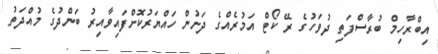
އިބްރާހިމް ބުރާސްފަތި ދުވަހުގެ ރޭ ކޯޓް އަމުރެެއްގެ ދަށުން ހައްޔަރުކޮށްފައިވާއިރު ބަންދުގެ މުއްދަތު